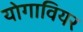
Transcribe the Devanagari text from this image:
योगावियर